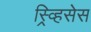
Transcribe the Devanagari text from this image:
स्र्व्हिसेस